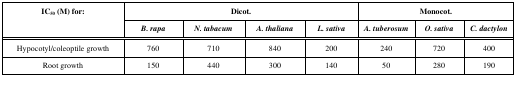
<table><thead><tr><td rowspan="2"><b>IC<sub>50</sub> (M) for:</b></td><td colspan="4"><b>Dicot.</b></td><td colspan="3"><b>Monocot.</b></td></tr><tr><td><b><i>B. rapa</i></b></td><td><b><i>N. tabacum</i></b></td><td><b><i>A. thaliana</i></b></td><td><b><i>L. sativa</i></b></td><td><b><i>A. tuberosum</i></b></td><td><b><i>O. sativa</i></b></td><td><b><i>C. dactylon</i></b></td></tr></thead><tbody><tr><td>Hypocotyl/coleoptilegrowth</td><td>760</td><td>710</td><td>840</td><td>200</td><td>240</td><td>720</td><td>400</td></tr><tr><td>Root growth</td><td>150</td><td>440</td><td>300</td><td>140</td><td>50</td><td>280</td><td>190</td></tr></tbody></table>